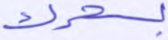
بسحرك